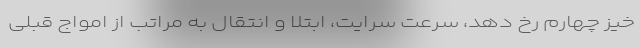
خیز چهارم رخ دهد، سرعت سرایت، ابتلا و انتقال به مراتب از امواج قبلی